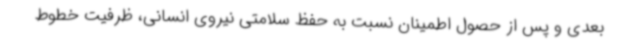
بعدی و پس از حصول اطمینان نسبت به حفظ سلامتی نیروی انسانی، ظرفیت خطوط